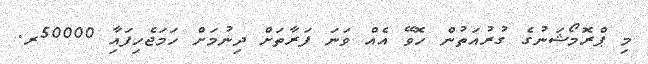
މި ޕްރޮމޯޝަނުގެ ގުރުއަތުން ހޮވޭ އެއް ވަނަ ފަރާތަށް ދިނުމަށް ހަމަޖެހިފައިާ 50000ރ.